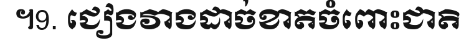
។9. ជៀងវាងដាច់ខាតចំពោះជាតិ